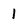
Character: 1